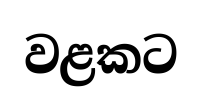
වළකට